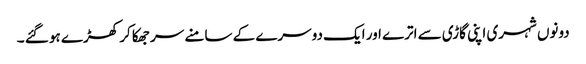
دونوں شہری اپنی گاڑی سے اترے اور ایک دوسرے کے سامنے سر جھکا کر کھڑے ہو گئے ۔